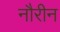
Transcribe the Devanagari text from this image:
नौरीन